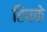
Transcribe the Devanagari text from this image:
हिचके